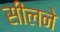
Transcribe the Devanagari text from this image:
सीलने